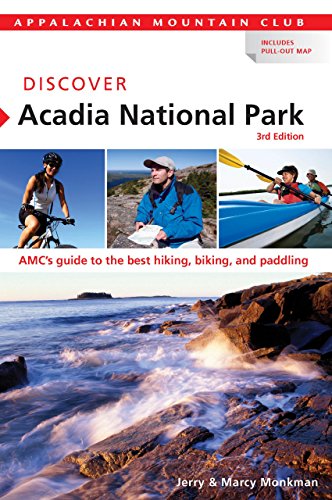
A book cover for Discover Acadia National Park: AMC's Guide To The Best Hiking, Biking, And Paddling (AMC Discover Series); Jerry Monkman; Sports & Outdoors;